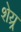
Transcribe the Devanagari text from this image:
शेय्र्र